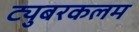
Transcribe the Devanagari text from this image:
ट्युबरकलम